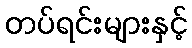
တပ်ရင်းများနှင့်